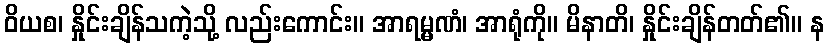
ဝိယစ၊ နှိုင်းချိန်သကဲ့သို့ လည်းကောင်း။ အာရမ္မဏံ၊ အာရုံကို။ မိနာတိ၊ နှိုင်းချိန်တတ်၏။ န